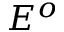
E ^ { o }